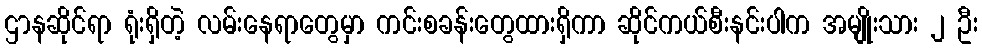
ဌာနဆိုင်ရာ ရုံးရှိတဲ့ လမ်းနေရာတွေမှာ ကင်းစခန်းတွေထားရှိကာ ဆိုင်ကယ်စီးနင်းပါက အမျိုးသား ၂ ဦး